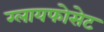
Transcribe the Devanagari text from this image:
ग्लायफोसेट